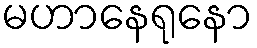
မဟာနေရုနော